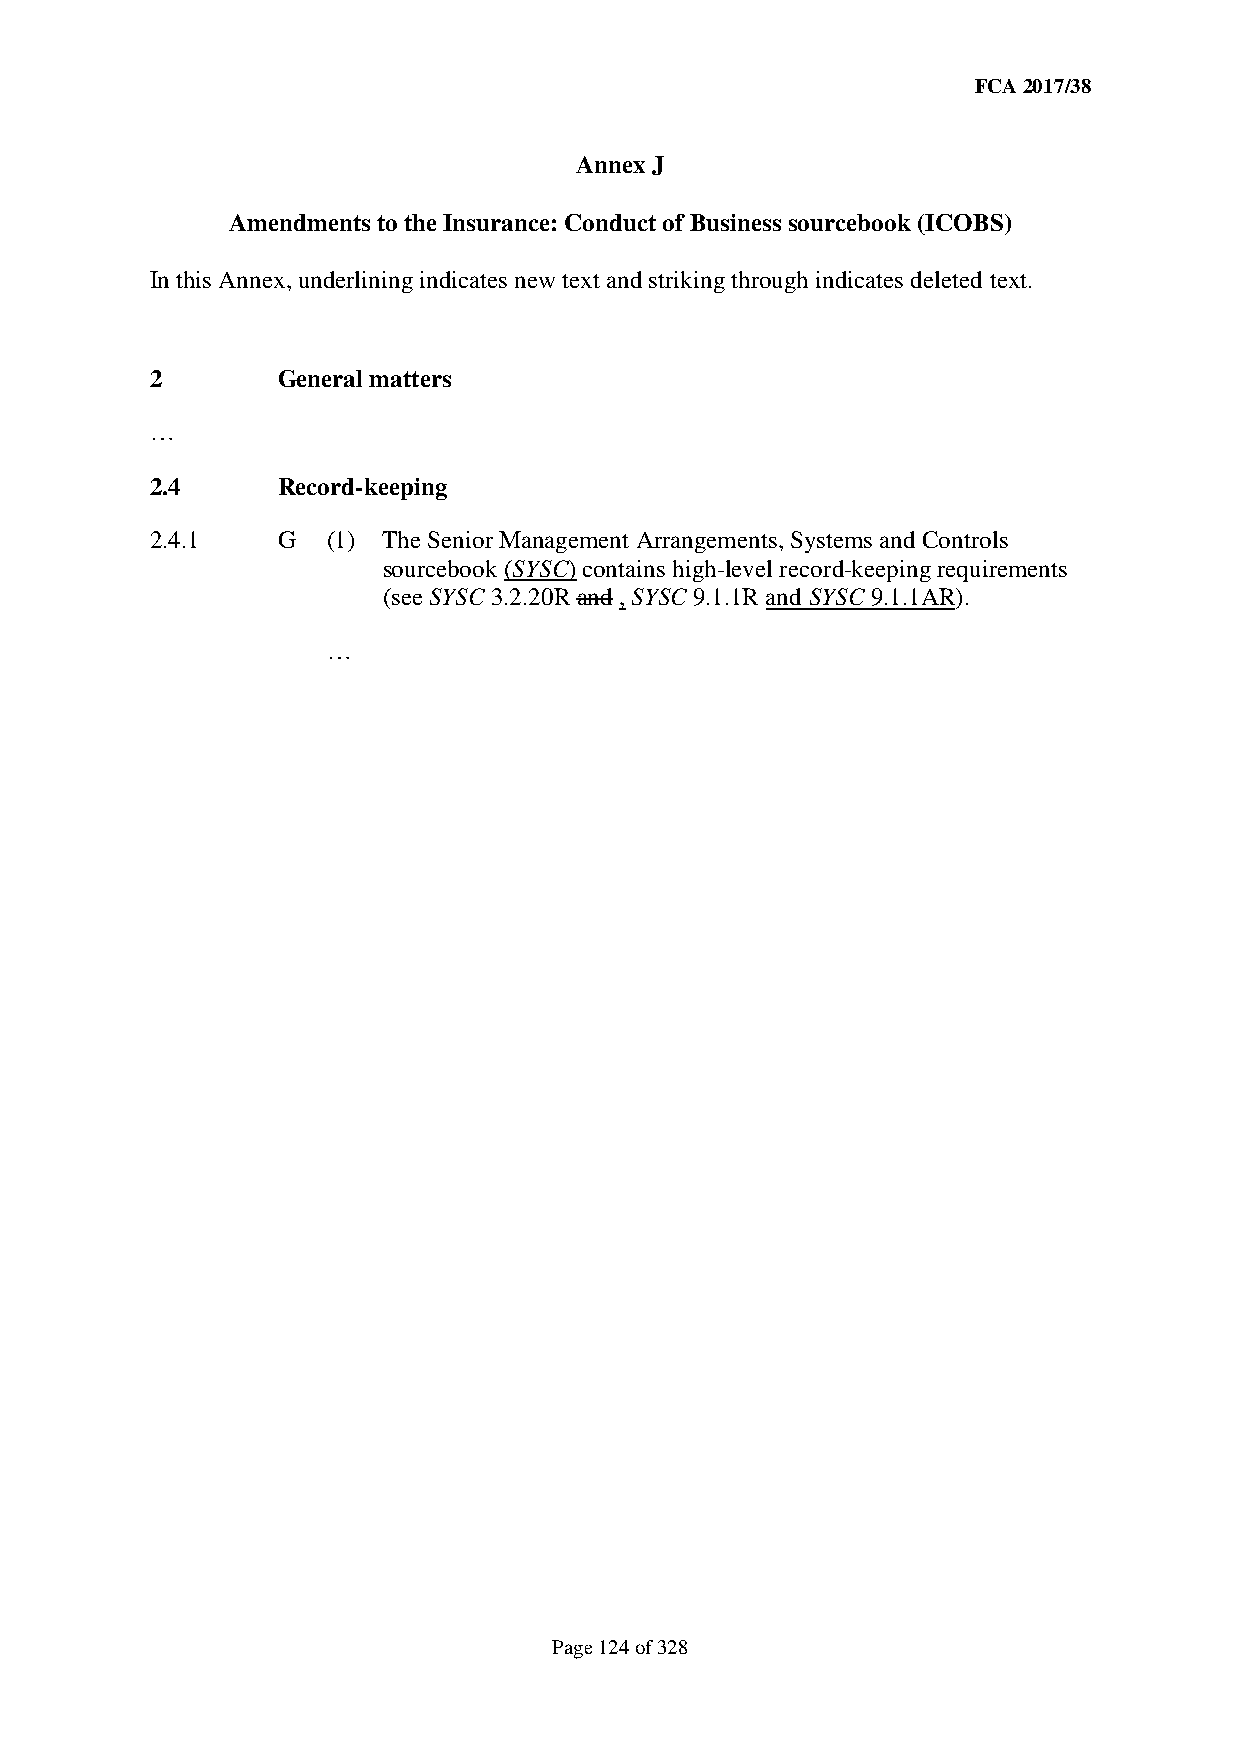
FCA 2017/38
 Annex J
 Amendments to the Insurance: Conduct of Business sourcebook (ICOBS)
 In this Annex, underlining indicates new text and striking through indicates deleted text.
 2       General matters
 …
 2.4     Record-keeping
 2.4.1   G   (1) The Senior Management Arrangements, Systems and Controls
 sourcebook (SYSC) contains high-level record-keeping requirements
 (see SYSC 3.2.20R and , SYSC 9.1.1R and SYSC 9.1.1AR).
 …
 Page 124 of 328